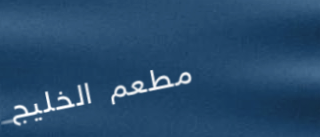
مطعم الخليج